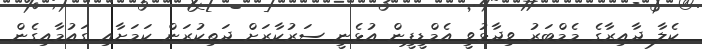
ކެލާ ދާއިރާގެ މެމްބަރު ވިދާޅުވީ އެމްޑީޕީން އުޅެނީ ސަރުކާރަށް ދަތިކުރަން ކަމަށާއި ގައުމާއިގެން